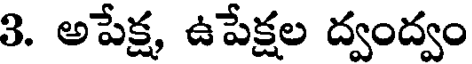
3. అపేక్ష, ఉపేక్షల ద్వంద్వం